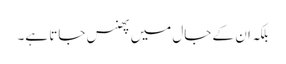
بلکہ ان کے جال میں پھنس جاتا ہے۔